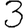
Digit: 3